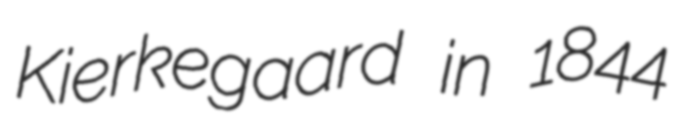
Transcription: Kierkegaard in 1844